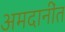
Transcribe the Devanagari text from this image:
अमदानींत